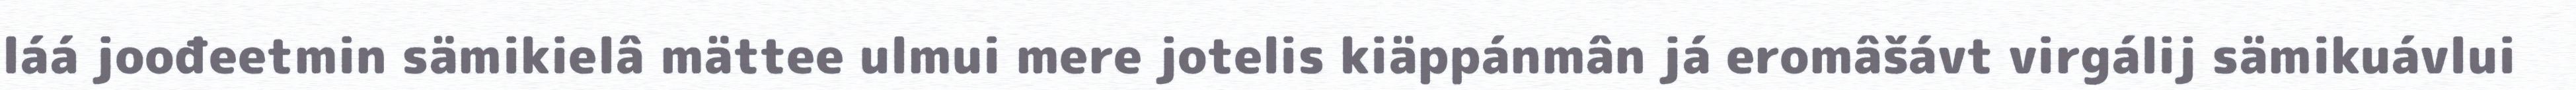
láá joođeetmin sämikielâ mättee ulmui mere jotelis kiäppánmân já eromâšávt virgálij sämikuávlui